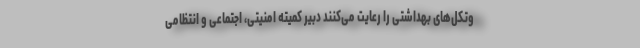
وتکل‌های بهداشتی را رعایت می‌کنند دبیر کمیته امنیتی، اجتماعی و انتظامی